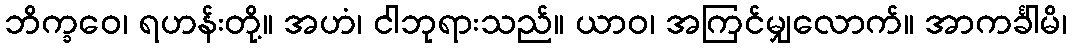
ဘိက္ခဝေ၊ ရဟန်းတို့။ အဟံ၊ ငါဘုရားသည်။ ယာဝ၊ အကြင်မျှလောက်။ အာကင်္ခါမိ၊